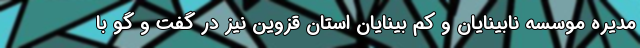
مدیره موسسه نابینایان و کم بینایان استان قزوین نیز در گفت و گو با